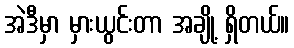
အဲဒီမှာ မှားယွင်းတာ အချို့ ရှိတယ်။